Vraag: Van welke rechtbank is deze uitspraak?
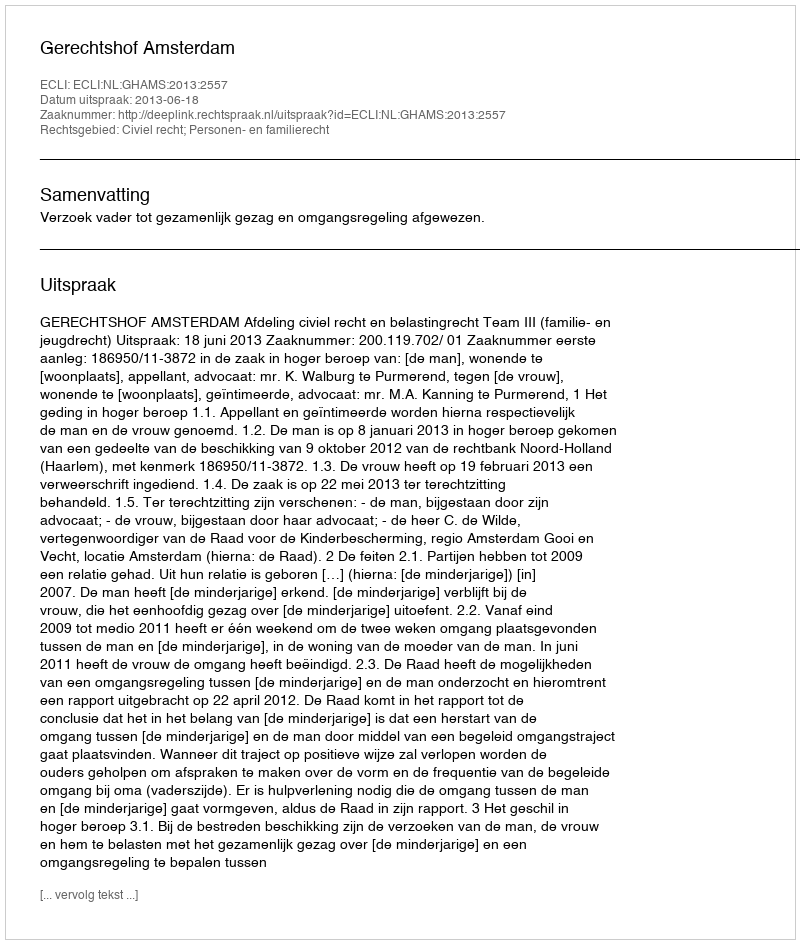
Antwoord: Gerechtshof Amsterdam